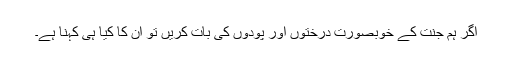
اگر ہم جنت کے خوبصورت درختوں اور پودوں کی بات کریں تو ان کا کیا ہی کہنا ہے۔